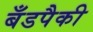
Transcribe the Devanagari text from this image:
बँडपैकी